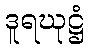
ဒူရဃုဋ္ဌံ